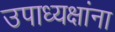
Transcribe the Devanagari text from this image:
उपाध्यक्षांना